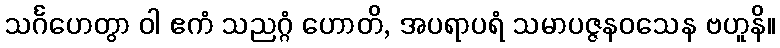
သင်္ဂဟေတွာ ဝါ ဧကံ သညဂ္ဂံ ဟောတိ, အပရာပရံ သမာပဇ္ဇနဝသေန ဗဟူနိ။